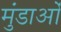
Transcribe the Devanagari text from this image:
मुंडाओं